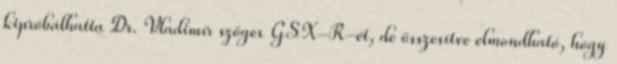
kipróbálhatta Dr. Vladimír szöges GSX-R-ét, de összesítve elmondható, hogy